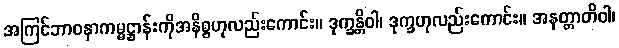
အကြင်ဘာဝနာကမ္မဋ္ဌာန်းကိုအနိစ္စဟုလည်းကောင်း။ ဒုက္ခန္တိဝါ၊ ဒုက္ခဟုလည်းကောင်း။ အနတ္တာတိဝါ၊